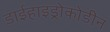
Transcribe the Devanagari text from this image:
डाईहाइड्रोकोडीन